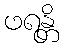
ဖရန္တိ